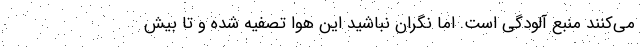
می‌کنند منبع آلودگی است. اما نگران نباشید این هوا تصفیه شده و تا بیش